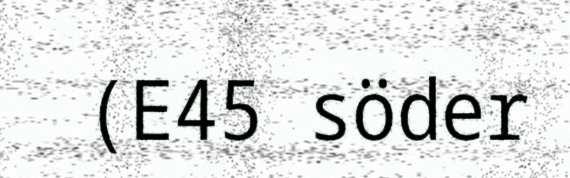
(E45 söder